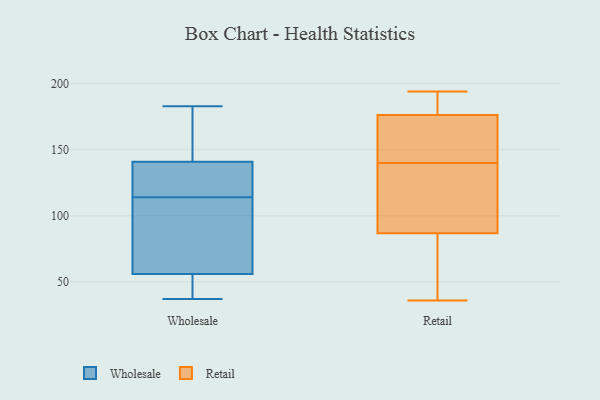
{"axis": {"x": "Satisfaction Score", "y": "Value"}, "legend": ["Retail", "Wholesale"], "data": [{"x": "", "y": 55, "type": "Wholesale"}, {"x": "", "y": 137, "type": "Wholesale"}, {"x": "", "y": 109, "type": "Wholesale"}, {"x": "", "y": 148, "type": "Wholesale"}, {"x": "", "y": 94, "type": "Wholesale"}, {"x": "", "y": 39, "type": "Wholesale"}, {"x": "", "y": 161, "type": "Wholesale"}, {"x": "", "y": 37, "type": "Wholesale"}, {"x": "", "y": 56, "type": "Wholesale"}, {"x": "", "y": 183, "type": "Wholesale"}, {"x": "", "y": 162, "type": "Wholesale"}, {"x": "", "y": 103, "type": "Wholesale"}, {"x": "", "y": 124, "type": "Wholesale"}, {"x": "", "y": 121, "type": "Wholesale"}, {"x": "", "y": 119, "type": "Wholesale"}, {"x": "", "y": 95, "type": "Wholesale"}, {"x": "", "y": 141, "type": "Wholesale"}, {"x": "", "y": 53, "type": "Wholesale"}, {"x": "", "y": 109, "type": "Retail"}, {"x": "", "y": 193, "type": "Retail"}, {"x": "", "y": 104, "type": "Retail"}, {"x": "", "y": 179, "type": "Retail"}, {"x": "", "y": 168, "type": "Retail"}, {"x": "", "y": 81, "type": "Retail"}, {"x": "", "y": 194, "type": "Retail"}, {"x": "", "y": 69, "type": "Retail"}, {"x": "", "y": 74, "type": "Retail"}, {"x": "", "y": 148, "type": "Retail"}, {"x": "", "y": 140, "type": "Retail"}, {"x": "", "y": 130, "type": "Retail"}, {"x": "", "y": 36, "type": "Retail"}, {"x": "", "y": 146, "type": "Retail"}, {"x": "", "y": 188, "type": "Retail"}]}